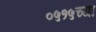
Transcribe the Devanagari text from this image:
०५१५च्या